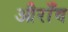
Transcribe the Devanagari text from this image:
औराँव